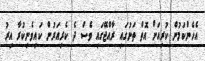
އެހެންކަމުން ކުރިއަށް އޮތް ތަނުގައި ރާއްޖޭގައި ވެސް ދެ ކެރިއަރުން ކައިވެނިކުރާ އިރު